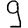
Digit: 9